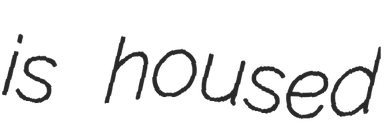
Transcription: is housed